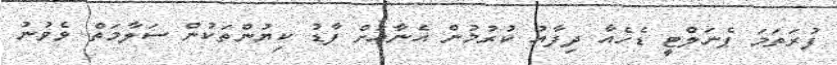
ފުރަތަމަ ޕެނަލްޓީ ޑެހެއާ ދިފާއު ކުރުމުން އެނާއަށް ފާޑު ކިޔުންތަކުން ސަލާމަތް ވެވުނު